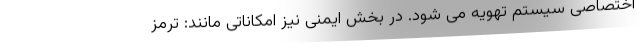
اختصاصی سیستم تهویه می شود. در بخش ایمنی نیز امکاناتی مانند: ترمز